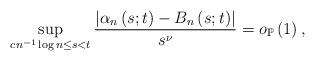
LaTeX: \begin{align*}\sup_{cn^{-1}\log n\leq s<t}\frac{\left\vert \alpha_{n}\left( s;t\right)-B_{n}\left( s;t\right) \right\vert }{s^{\nu}}=o_{\mathbb{P}}\left(1\right) ,\end{align*}